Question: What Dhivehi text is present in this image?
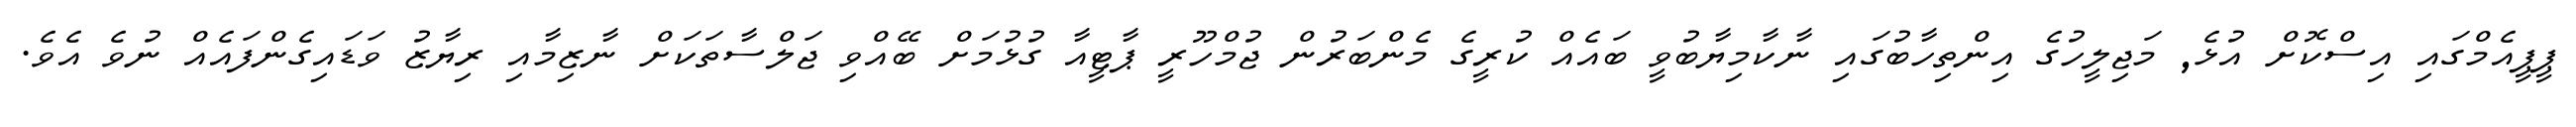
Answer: ޕީޕީއެމްގައި އިސްކޮށް އުޅެ, މަޖިލީހުގެ އިންތިހާބުގައި ނާކާމިޔާބުވީ ބައެއް ކުރީގެ މެންބަރުން ޖުމްހޫރީ ޕާޓީއާ ގުޅުމަށް ބޭއްވި ޖަލްސާތަކަށް ނާޒިމާއި ރިޔާޒު ވަޑައިގެންފައެއް ނުވެ އެވެ.